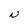
Character: N